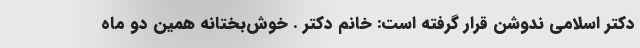
دکتر اسلامی ندوشن قرار گرفته است: خانم دکتر . خوش‌بختانه همین دو ماه